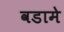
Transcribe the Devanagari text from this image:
वडामे